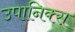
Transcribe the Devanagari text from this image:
उपानिक्स